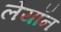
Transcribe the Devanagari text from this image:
लेयॉन